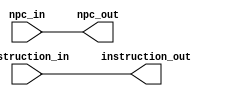
`timescale 1ns / 1ps
//////////////////////////////////////////////////////////////////////////////////
// Company: 
// Engineer: 
// 
// Design Name: 
// Module Name: IF_IDLatch
// Project Name: 
// Target Devices: 
// Tool Versions: 
// Description: 
// 
// Dependencies: 
// 
// Revision:
// Revision 0.01 - File Created
// Additional Comments:
// 
//////////////////////////////////////////////////////////////////////////////////


module IF_IDLatch(
        input wire [31:0] instruction_in, npc_in,
        output reg [31:0] instruction_out, npc_out
    );
initial begin
    instruction_out <= 0;
    npc_out <= 0;
end
    
always @* //@(instruction_in or npc_in)
begin
    #1
    instruction_out <= instruction_in;
    npc_out <= npc_in;
end
    
endmodule